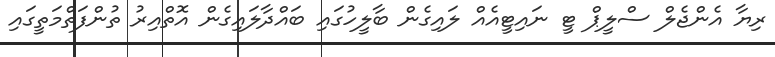
ރިޔާ އެންޖެލް ސްލީޕް ޓީ ނައިޓީއެއް ލައިގެން ބާލީހުގައި ބައްދާލައިގެން އޮތްއިރު ތުންފަތްމަތީގައި